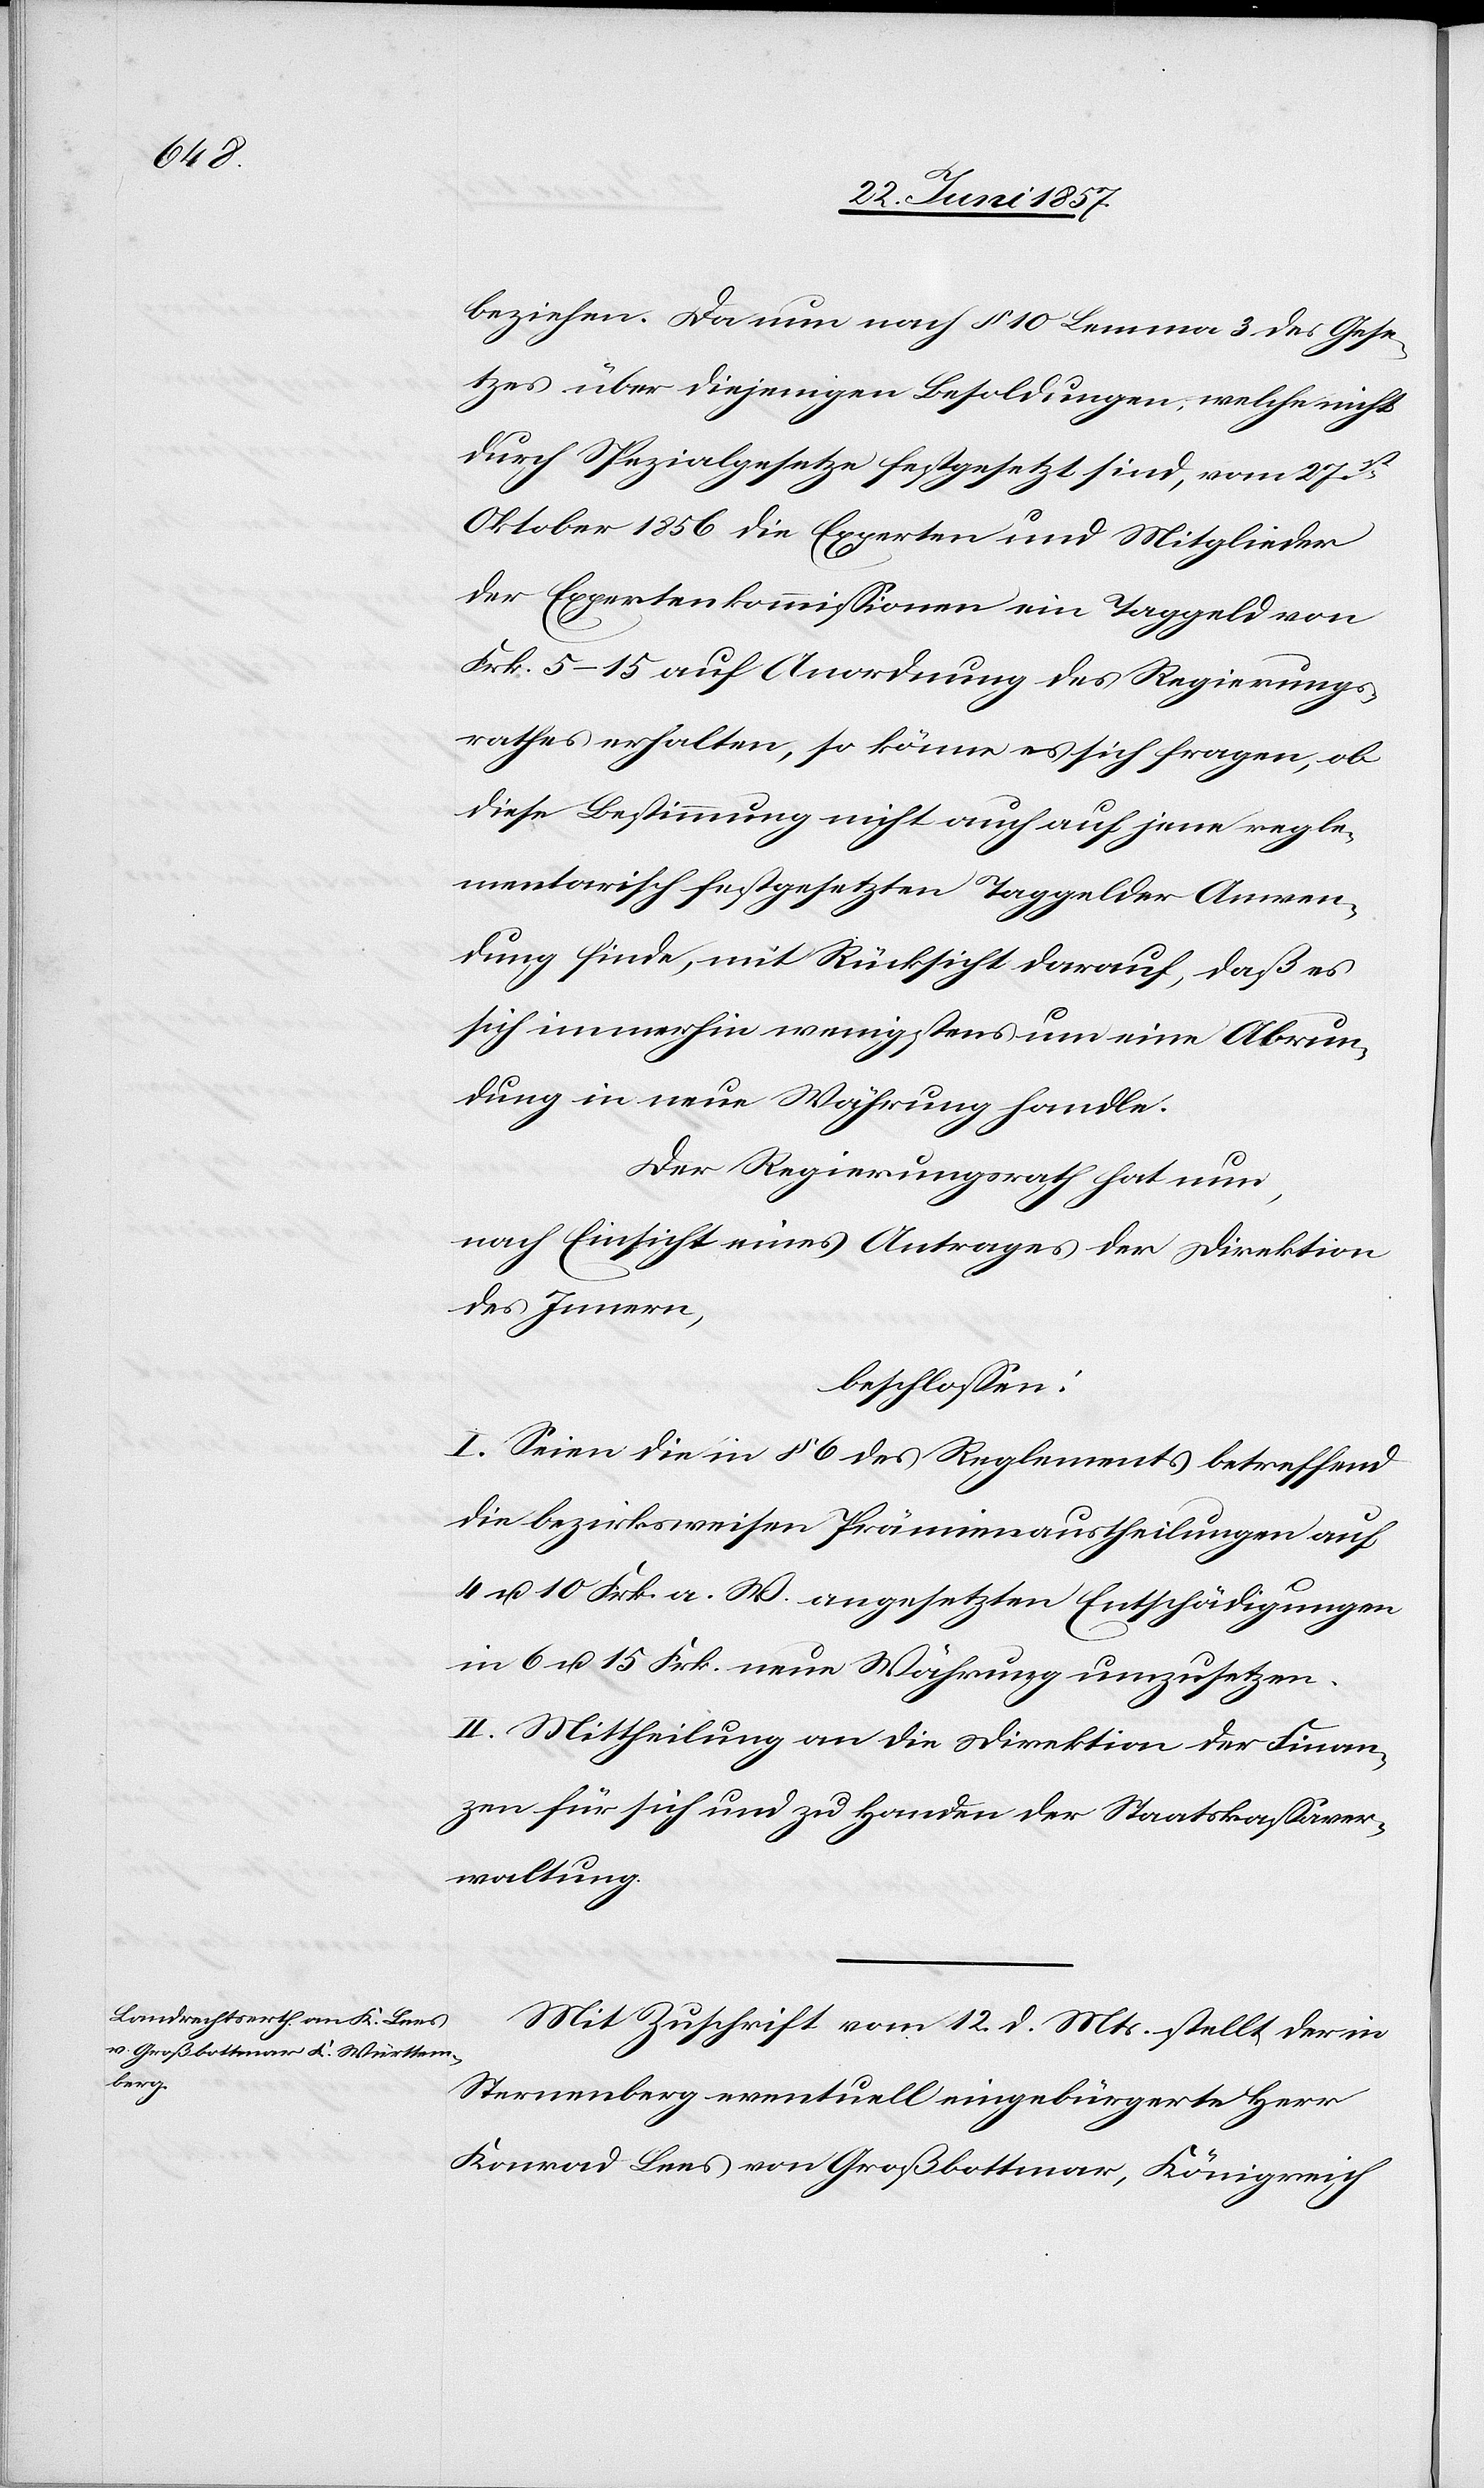
beziehen. Da nun nach § 10 Lemma 3 des Gese¬
tzes über diejenigen Besoldungen, welche nicht
durch Spezialgesetze festgesetzt sind, vom 27st.
Oktober 1856 die Experten und Mitglieder
der Expertenkommission ein Taggeld von
Frk. 5–15 auf Anordnung des Regierungs¬
rathes erhalten, so könne es sich fragen, ob
diese Bestimmung nicht auch auf jene regle¬
mentarisch festgesetzten Taggelder Anwen¬
dung finde, mit Rücksicht darauf, daß es
sich immerhin wenigstens um eine Abrun¬
dung in neue Währung handle.
Der Regierungsrath hat nun,
nach Einsicht eines Antrages der Direktion
des Innern,
beschlossen:
I. Seien die in § 6 des Reglements betreffend
die beziehungsweise Prämienaustheilungen auf
4 & 10 Frk. a. W. angesetzten Entschädigungen
in 6 & 15 Frk. neue Währung umzusetzen.
II. Mittheilung an die Direktion der Finan¬
zen für sich und zu Handen der Staatskassaver¬
waltung.
Mit Zuschrift vom 12 d. Mts. stellt der in
Sternenberg eventuell eingebürgerte Herr
Konrad Lees von Großbottmar, Königreich